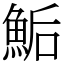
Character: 鮜